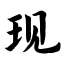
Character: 现